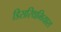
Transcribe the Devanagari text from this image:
डिसरिथमियास